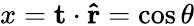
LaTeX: x=\mathbf{t}\cdot\mathbf{\hat{r}}=\cos\theta